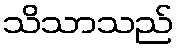
သိသာသည်